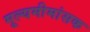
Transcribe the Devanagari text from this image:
मूल्यमीमांसक